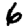
Digit: 6